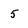
Character: 5